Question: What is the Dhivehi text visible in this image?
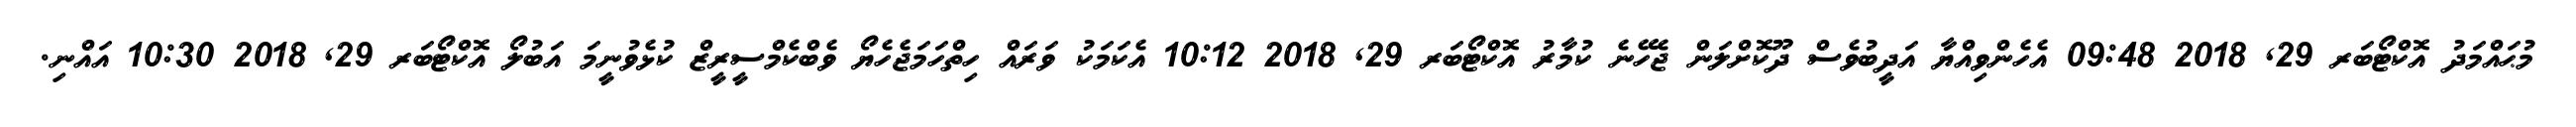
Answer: މުޙައްމަދު އޮކްޓޯބަރ 29, 2018 09:48 އެހެންވިއްޔާ އަދީބުވެސް ދޫކޮށްލަން ޖެހޭނެ ކުމާރު އޮކްޓޯބަރ 29, 2018 10:12 އެކަމަކު ވަރައް ހިތްހަމަޖެހެޔޯ ވެބްކެމްސީރީޒް ކުޅެވުނީމަ އަބުލޯ އޮކްޓޯބަރ 29, 2018 10:30 އައްނި.